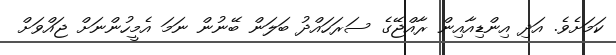
ކަމަށެވެ. އަދި އިންޑިއާއިން ރާއްޖޭގެ ސަރަހައްދު ބަލަން ބޭނުން ނަމަ އެމީހުންނަށް ޖައްވަށް